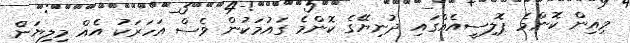
މިއިން ކޮންމެ ޕޮލިސީއެއްގައި ދުނިޔޭގެ ކޮންމެ ގައުމަކުން ވެސް އަހަރަކު އެއް މިލިޔަން